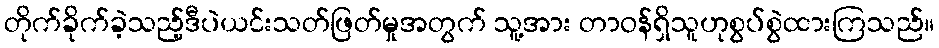
တိုက်ခိုက်ခဲ့သည့်ဒီပဲယင်းသတ်ဖြတ်မှုအတွက် သူ့အား တာဝန်ရှိသူဟုစွပ်စွဲထားကြသည်။